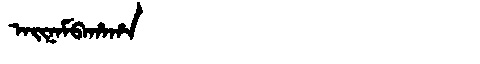
Manchu: ᠠᡳᠨᠠᠮᠪᠠᡥᠠᡥᠠ
Romanization: AINAMBAHAHA